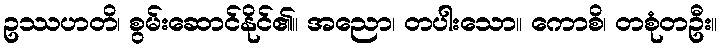
ဥဿဟတိ၊ စွမ်းဆောင်နိုင်၏။ အညော၊ တပါးသော။ ကောစိ၊ တစုံတဦး။